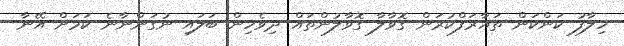
ހިލާފު ކަންކަން ތައާރަފްކުރަން ގޮވާލާ ގޮވާލުންތައް ދިވެހިން ބަލައި ނުގަންނާނެ ކަމަށް އޭނާ